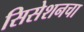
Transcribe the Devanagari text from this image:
सिसेशनचा